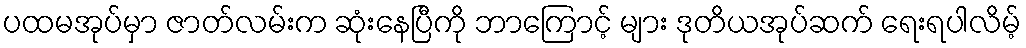
ပထမအုပ်မှာ ဇာတ်လမ်းက ဆုံးနေပြီကို ဘာကြောင့် များ ဒုတိယအုပ်ဆက် ရေးရပါလိမ့်